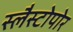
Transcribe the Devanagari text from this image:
स्लैस्टोपोर